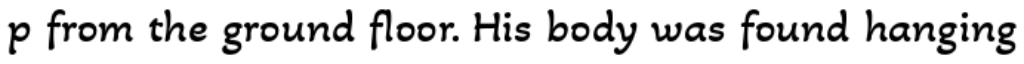
p from the ground floor. His body was found hanging